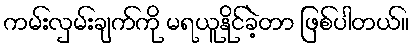
ကမ်းလှမ်းချက်ကို မရယူနိုင်ခဲ့တာ ဖြစ်ပါတယ်။